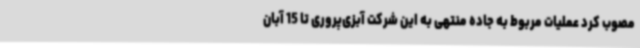
مصوب کرد عملیات مربوط به جاده منتهی به این شرکت آبزی‌پروری تا 15 آبان